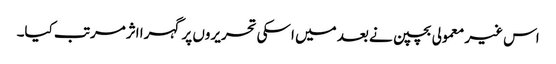
اس غیر معمولی بچپن نے بعد میں اسکی تحریروں پر گہرا اثرمرتب کیا۔